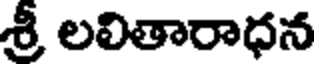
శ్రీ లలితారాధన